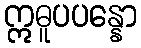
ဣဓူပပန္နော